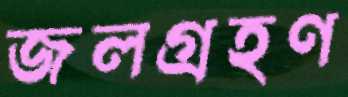
জলগ্রহণ